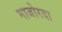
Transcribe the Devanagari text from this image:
माजोरदा